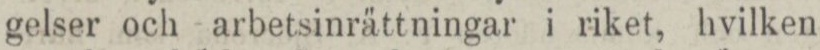
gelser och arbetsinrättningar i riket, hvilken